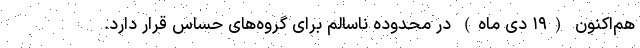
هم‌اکنون (۱۹ دی ماه) در محدوده ناسالم برای گروه‌های حساس قرار دارد.